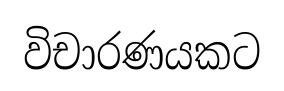
විචාරණයකට